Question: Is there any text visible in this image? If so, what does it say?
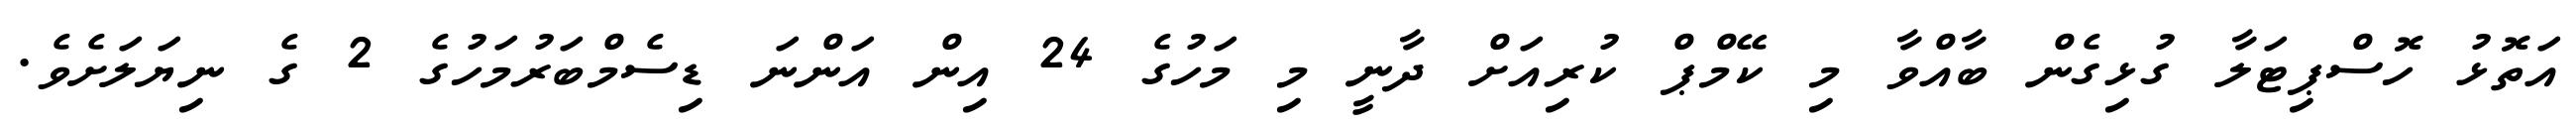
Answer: އަތޮޅު ހޮސްޕިޓަލާ ގުޅިގެން ބާއްވާ މި ކޭމްޕް ކުރިއަށް ދާނީ މި މަހުގެ 24 އިން އަންނަ ޑިސެމްބަރުމަހުގެ 2 ގެ ނިޔަލަށެވެ.